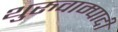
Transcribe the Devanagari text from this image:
थुरुवाम्पादी